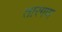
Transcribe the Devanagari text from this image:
तारगण